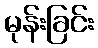
မုန်းခြင်း